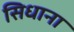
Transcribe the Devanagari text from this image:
सिधाना